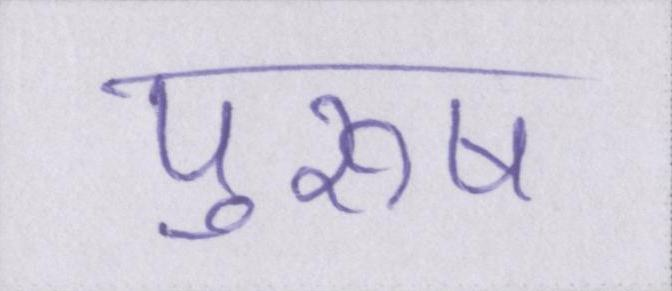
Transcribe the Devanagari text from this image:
पुरूष